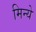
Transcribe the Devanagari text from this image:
मिन्ये